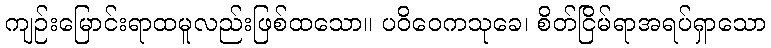
ကျဉ်းမြောင်းရာထမူလည်းဖြစ်ထသော။ ပဝိဝေကသုခေ၊ စိတ်ငြိမ်ရာအရပ်ရှာသော